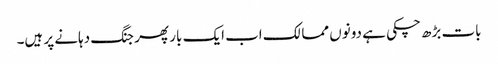
بات بڑھ چکی ہے دونوں ممالک اب ایک بار پھر جنگ دہانے پر ہیں۔